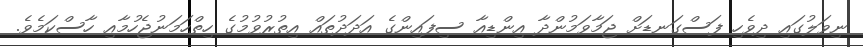
ނިވަލުގައި ދިވެހި ފަސްގަނޑަށް ޖަމާވަމުންދާ އިންޑިއާ ސިފައިންގެ އަދަދުތައް އިތުރުވުމުގެ ހިތްހަމަނުޖެހުމާއި ހާސްކަމެވެ.